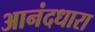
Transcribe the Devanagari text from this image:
आनंदधारा